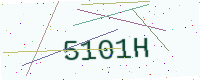
Text: 5101H